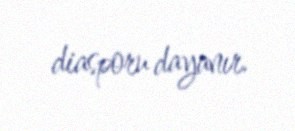
diasporu dayanır.